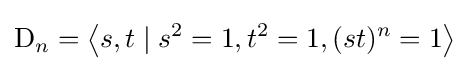
\mathrm {D} _{n}=\left\langle s,t\mid s^{2}=1,t^{2}=1,(st)^{n}=1\right\rangle